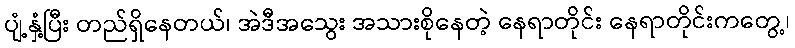
ပျံ့နှံ့ပြီး တည်ရှိနေတယ်၊ အဲဒီအသွေး အသားစိုနေတဲ့ နေရာတိုင်း နေရာတိုင်းကတွေ့၊